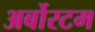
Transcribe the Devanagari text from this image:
अर्बोरटम